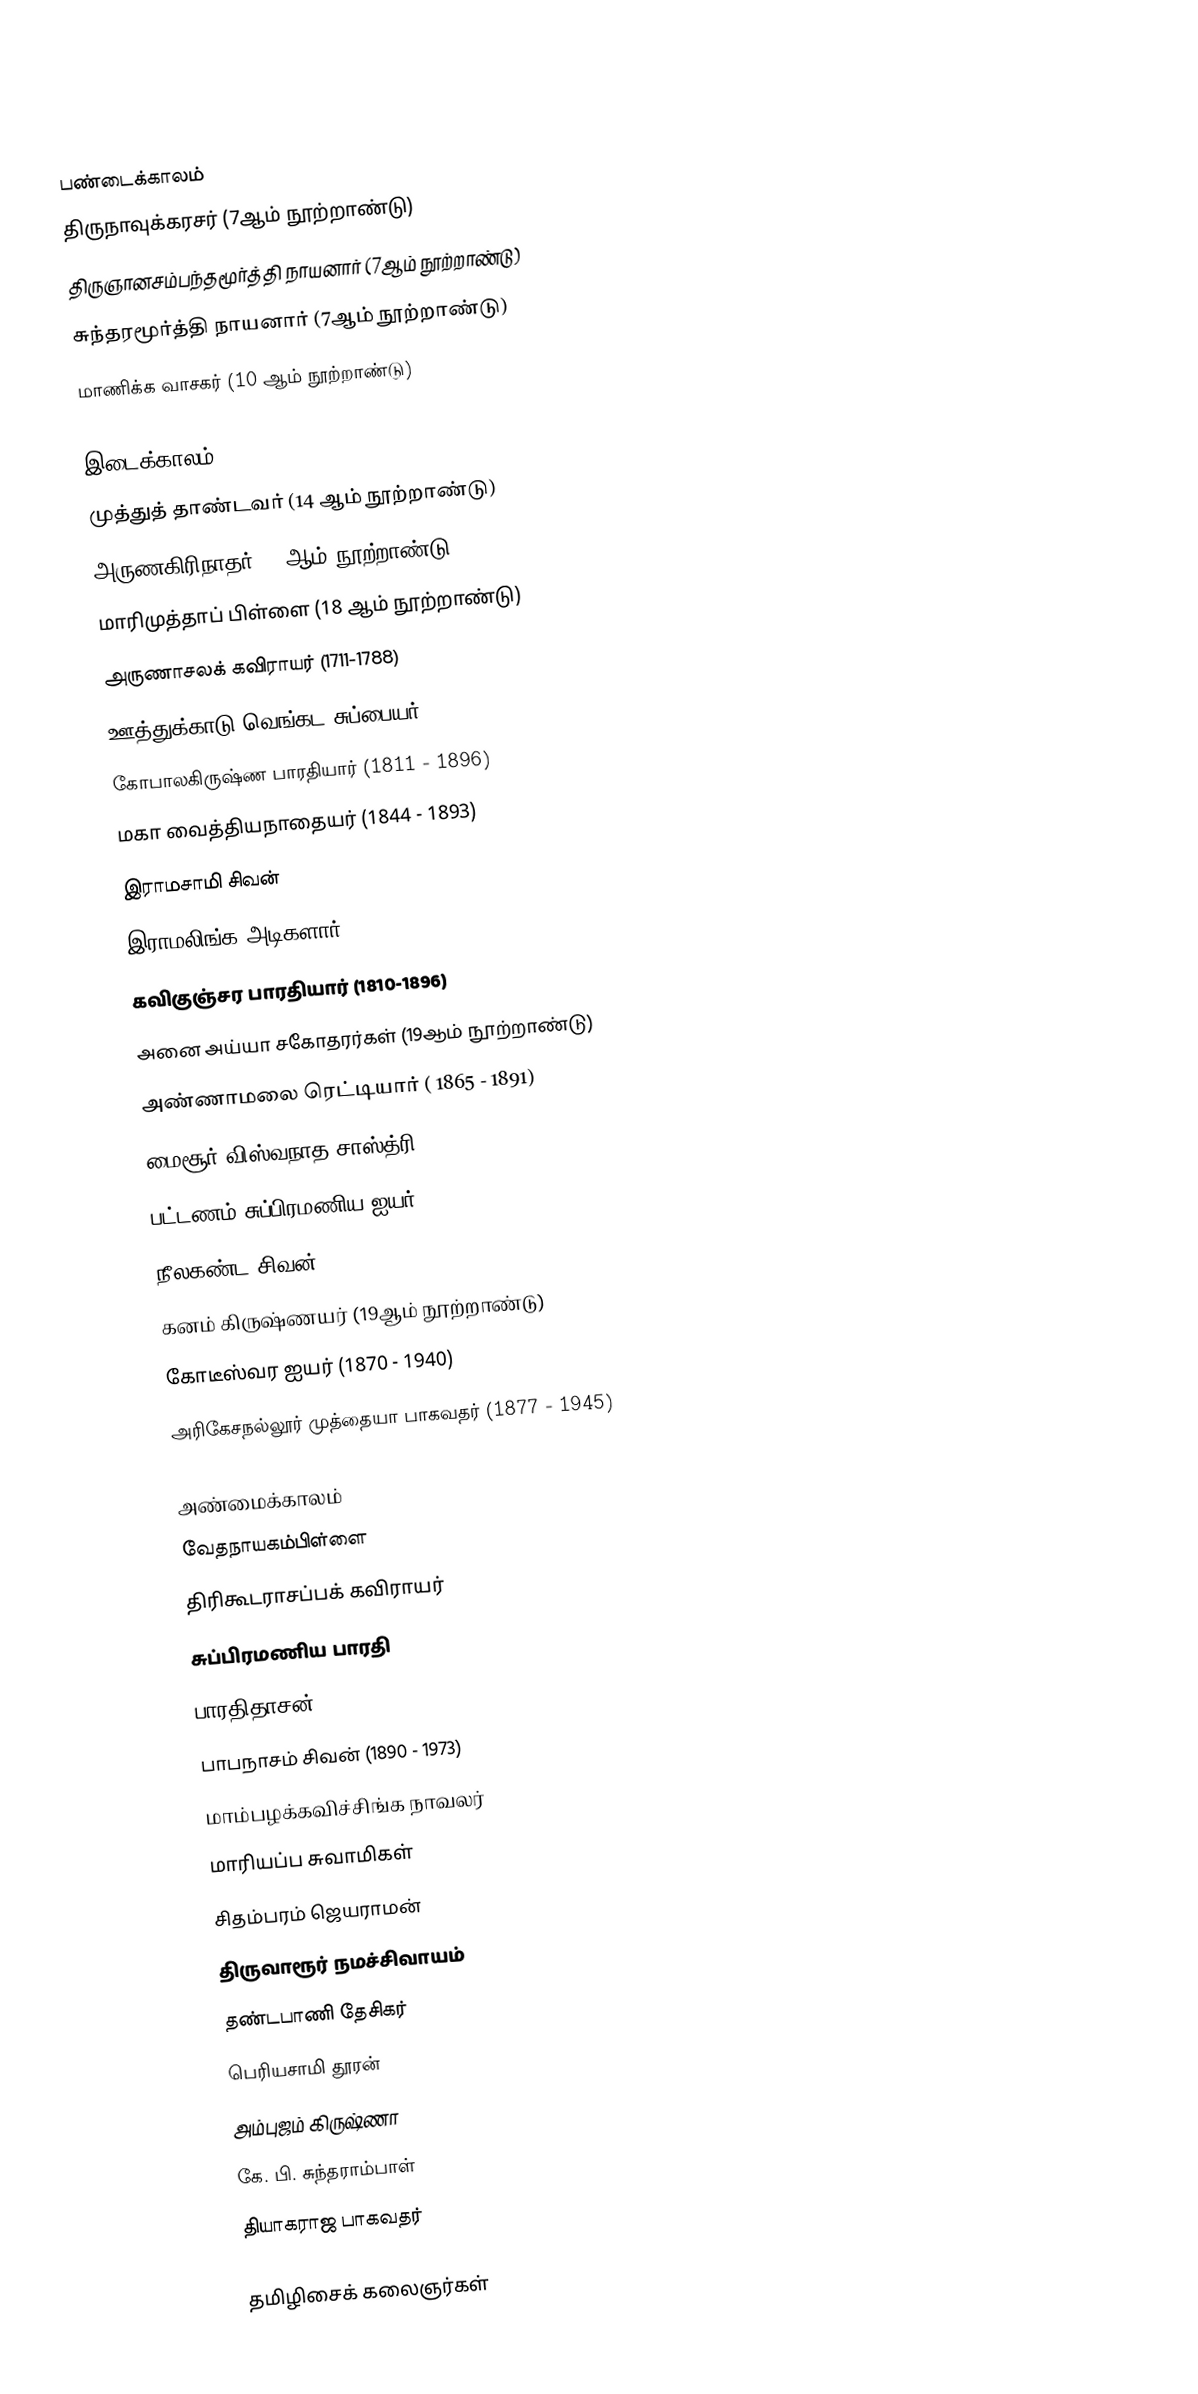

பண்டைக்காலம்
 திருநாவுக்கரசர் (7ஆம் நூற்றாண்டு)
 திருஞானசம்பந்தமூர்த்தி நாயனார் (7ஆம் நூற்றாண்டு)
 சுந்தரமூர்த்தி நாயனார் (7ஆம் நூற்றாண்டு)
 மாணிக்க வாசகர் (10 ஆம் நூற்றாண்டு)

இடைக்காலம்
 முத்துத் தாண்டவர் (14 ஆம் நூற்றாண்டு)
 அருணகிரிநாதர் (15ஆம் நூற்றாண்டு)
 மாரிமுத்தாப் பிள்ளை (18 ஆம் நூற்றாண்டு)
 அருணாசலக் கவிராயர் (1711-1788)
 ஊத்துக்காடு வெங்கட சுப்பையர் (1700-1765)
 கோபாலகிருஷ்ண பாரதியார் (1811 - 1896)
 மகா வைத்தியநாதையர் (1844 - 1893)
 இராமசாமி சிவன்
 இராமலிங்க அடிகளார்
 கவிகுஞ்சர பாரதியார் (1810-1896)
 அனை அய்யா சகோதரர்கள் (19ஆம் நூற்றாண்டு)
 அண்ணாமலை ரெட்டியார் ( 1865 - 1891)
 மைசூர் விஸ்வநாத சாஸ்த்ரி (1893 - ?)
 பட்டணம் சுப்பிரமணிய ஐயர் (1845 - 1902)
 நீலகண்ட சிவன் (1839-1900)
 கனம் கிருஷ்ணயர் (19ஆம் நூற்றாண்டு)
 கோடீஸ்வர ஐயர் (1870 - 1940)
 அரிகேசநல்லூர் முத்தையா பாகவதர் (1877 - 1945)

அண்மைக்காலம்
 வேதநாயகம்பிள்ளை
 திரிகூடராசப்பக் கவிராயர்
 சுப்பிரமணிய பாரதி
 பாரதிதாசன்
 பாபநாசம் சிவன் (1890 - 1973)
 மாம்பழக்கவிச்சிங்க நாவலர்
 மாரியப்ப சுவாமிகள்
 சிதம்பரம் ஜெயராமன்
 திருவாரூர் நமச்சிவாயம்
 தண்டபாணி தேசிகர்
 பெரியசாமி தூரன்
 அம்புஜம் கிருஷ்ணா
 கே. பி. சுந்தராம்பாள்
 தியாகராஜ பாகவதர்

தமிழிசைக் கலைஞர்கள்